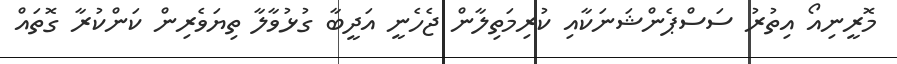
މޮރީނިއޯ އިތުރު ސަސްޕެންޝަނަކާއި ކުރިމަތިލާން ޖެހެނީ އަދީބާ ގުޅުވާލާ ތިޔަވެރިން ކަންކުރާ ގޮތައް